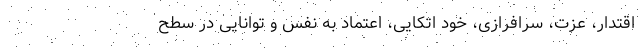
اقتدار، عزت، سرافرازی، خود اتکایی، اعتماد به نفس و توانایی در سطح